Vaccination in Bombay 1889-1901 - 1889-1901
Year: 1889
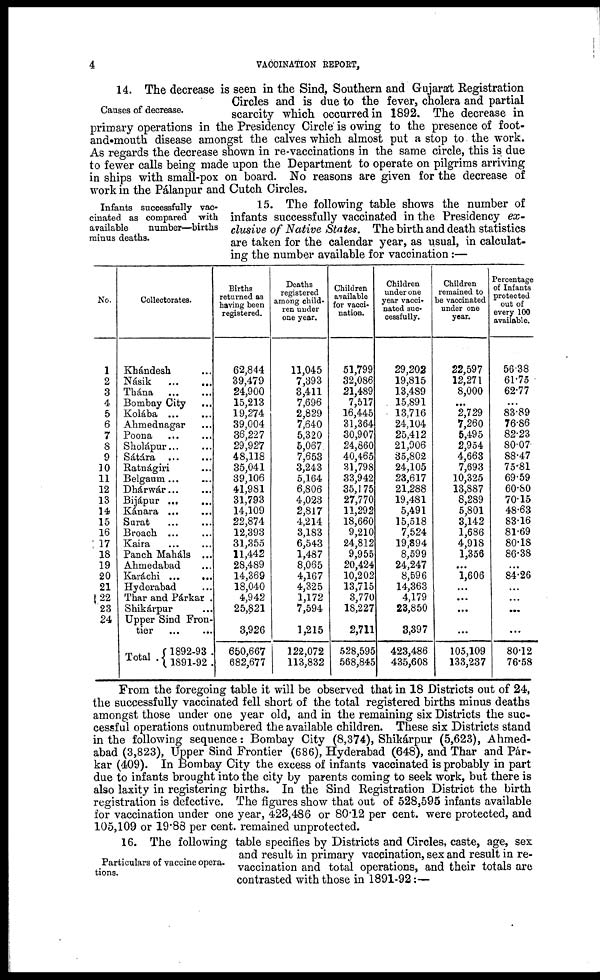
4
VACCINATION REPORT,
Causes of decrease.
14. The decrease is seen in the Sind, Southern and Gujarat Registration
Circles and is due to the fever, cholera and partial
scarcity which occurred in 1892. The decrease in
primary operations in the Presidency Circle is owing to the presence of foot¬
and mouth disease amongst the calves which almost put a stop to the work.
As regards the decrease shown in re-vaccinations in the same circle, this is due
to fewer calls being made upon the Department to operate on pilgrims arriving
in ships with small-pox on board. No reasons are given for the decrease of
work in the Pálanpur and Cutch Circles.
Infants successfully vac-
cinated as compared with
available
number—births
minus deaths.
15. The following table shows the number of
infants successfully vaccinated in the Presidency ex-
clusive of Native States. The birth and death statistics
are taken for the calendar year, as usual, in calculat-
ing the number available for vaccination:—
No.
1
2
3
4
5
6
7
8
9
10
11
12
13
14
15
16
17
18
19
20
21
22
23
24
Collectorates.
Khándesh ...
Násik ... ...
Thána ... ...
Bombay City ...
Kolába ... ...
Ahmednagar ...
Poona ... ...
Sholápur... ...
Sátára
...
...
Ratnágiri ...
Belgaum... ...
Dhárwár... ...
Bijápur...
...
Kánara ... ...
Surat ... ...
Broach ... ...
Kaira ... ...
Panch Maháls ...
Ahmedabad ...
Karáchi ...
...
Hyderabad ...
Thar and Párkar .
Shikárpur ...
Upper Sind Fron-
tier ... ... ...
Total . 1892-93 .
1891-92 .
Births
returned as
having been
registered.
62,844
39,479
24,900
15,213
19,274
39,004
36,227
29,927
48,118
35,041
39,106
41,981
31,793
14,109
22,874
12,393
31,355
11,442
28,489
14,369
18,040
4,942
25,821
3,926
650,667
682,677
Deaths
registered
among child-
ren under
one year.
11,045
7,393
3,411
7,696
2,829
7,640
5,320
5,067
7,653
3,243
5,164
6,806
4,023
2,817
4,214
3,183
6,543
1,487
8,065
4,167
4,325
1,172
7,594
1,215
122,072
113,832
Children
available
for vacci-
nation.
51,799
32,086
21,489
7,517
16,445
31,364
30,907
24,860
40,465
31,798
33,942
35,175
27,770
11,292
18,660
9,210
24,812
9,955
20,424
10,202
13,715
3,770
18,227
2,711
528,595
568,845
Children
under one
year vacci¬
nated suc-
cessfully.
29,202
19,815
13,489
15,891
13,716
24,104
25,412
21,906
35,802
24,105
23,617
21,288
19,481
5,491
15,518
7,524
19,894
8,599
24,247
8,596
14,363
4,179
23,850
3,397
423,486
435,608
Children
remained to
be vaccinated
under one
year.
22,597
12,271
8,000
...
2,729
7,260
5,495
2,954
4,663
7,693
10,325
13,887
8,289
5,801
3,142
1,686
4,918
1,356
...
1,606
...
...
...
...
105,109
133,237
Percentage
of Infants
protected
out of
every 100
available.
56.38
61.75
62.77
...
83.89
76.86
82.23
80.07
88.47
75.81
69.59
60.80
70.15
48.63
83.16
81.69
80.18
86.38
...
84.26
...
...
...
...
80.12
76.58
From the foregoing table it will be observed that in 18 Districts out of 24,
the successfully vaccinated fell short of the total registered births minus deaths
amongst those under one year old, and in the remaining six Districts the suc-
cessful operations outnumbered the available children. These six Districts stand
in the following sequence: Bombay City (8,374), Shikárpur (5,623), Ahmed-
abad (3,823), Upper Sind Frontier (686), Hyderabad (648), and Thar and Pár-
kar (409). In Bombay City the excess of infants vaccinated is probably in part
due to infants brought into the city by parents coming to seek work, but there is
also laxity in registering births. In the Sind Registration District the birth
registration is defective. The figures show that out of 528,595 infants available
for vaccination under one year, 423,486 or 80.12 per cent. were protected, and
105,109 or 19.88 per cent. remained unprotected.
Particulars of vaccine opera-
tions.
16. The following table specifies by Districts and Circles, caste, age, sex
and result in primary vaccination, sex and result in re¬
vaccination and total operations, and their totals are
contrasted with those in 1891-92:—